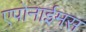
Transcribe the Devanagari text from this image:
एपोनाईमस